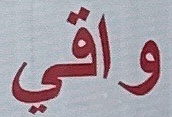
واقي